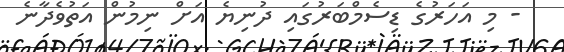
- މި އަހަރުގެ ޑިސެމްބަރުގައި ދުނިޔެ އަށް ނިމުން އަތުވެދާނެ